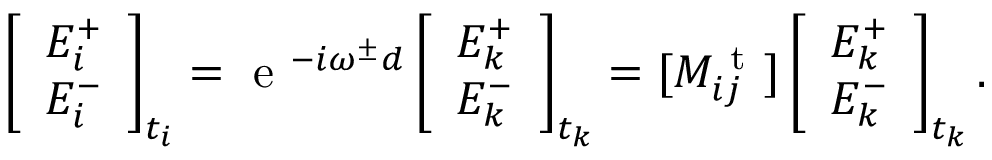
\left[ \begin{array} { l } { E _ { i } ^ { + } } \\ { E _ { i } ^ { - } } \end{array} \right] _ { t _ { i } } = \mathrm { ~ e ~ } ^ { - i \omega ^ { \pm } d } \left[ \begin{array} { l } { E _ { k } ^ { + } } \\ { E _ { k } ^ { - } } \end{array} \right] _ { t _ { k } } = [ M _ { i j } ^ { \mathrm { ~ t ~ } } ] \left[ \begin{array} { l } { E _ { k } ^ { + } } \\ { E _ { k } ^ { - } } \end{array} \right] _ { t _ { k } } .